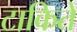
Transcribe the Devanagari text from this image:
टाकिते